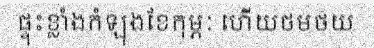
ផ្ទុះខ្លាំងកំឡុងខែកុម្ភៈ ហើយថមថយ